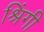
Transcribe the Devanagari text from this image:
श्रिंगी